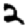
Digit: 2